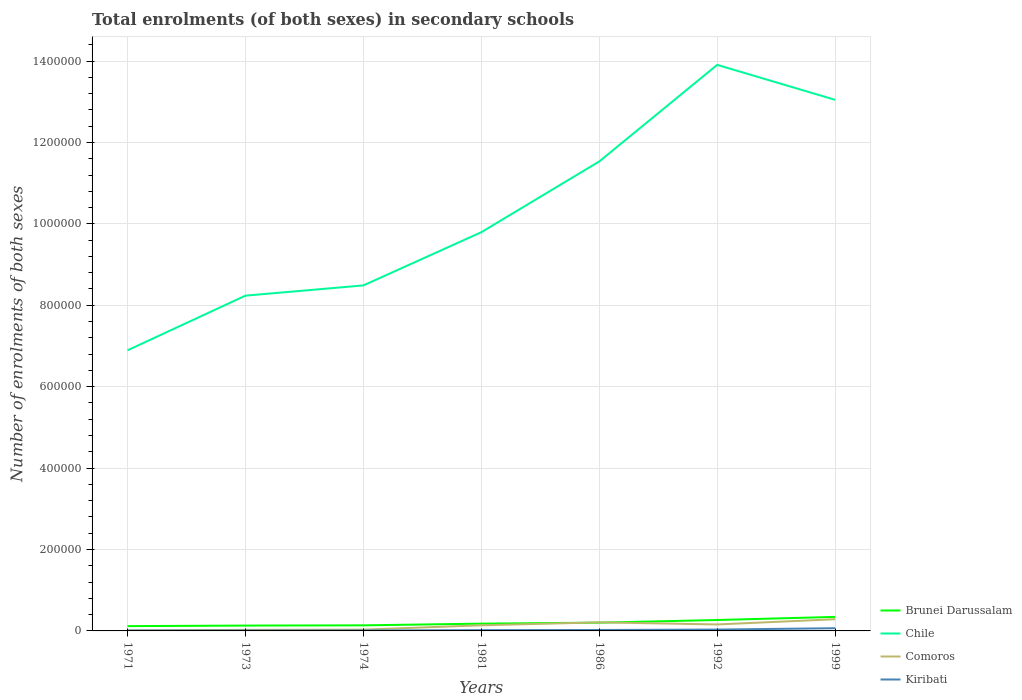
| Years | Brunei Darussalam | Chile | Comoros | Kiribati |
 | --- | --- | --- | --- | --- |
 | 1971 | 1.18e+04 | 6.89e+05 | 1.27e+03 | 896 |
 | 1973 | 1.31e+04 | 8.24e+05 | 2.62e+03 | 974 |
 | 1974 | 1.37e+04 | 8.49e+05 | 3.2e+03 | 1.06e+03 |
 | 1981 | 1.79e+04 | 9.79e+05 | 1.38e+04 | 1.9e+03 |
 | 1986 | 2.03e+04 | 1.15e+06 | 2.11e+04 | 2.31e+03 |
 | 1992 | 2.68e+04 | 1.39e+06 | 1.59e+04 | 3.36e+03 |
 | 1999 | 3.44e+04 | 1.3e+06 | 2.87e+04 | 6.65e+03 |